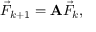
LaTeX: { \vec { F } } _ { k + 1 } = \mathbf { A } { \vec { F } } _ { k } ,